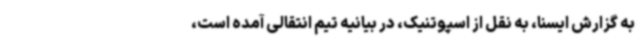
به گزارش ایسنا، به نقل از اسپوتنیک، در بیانیه تیم انتقالی آمده است،